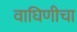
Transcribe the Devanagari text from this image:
वाघिणीचा